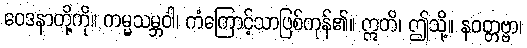
ဝေဒနာတို့ကို။ ကမ္မသမ္ဘဝါ၊ ကံကြောင့်သာဖြစ်ကုန်၏။ ဣတိ၊ ဤသို့။ နဝတ္တဗ္ဗာ၊